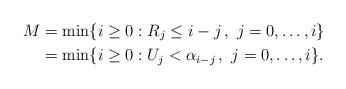
LaTeX: \begin{align*}M&=\min\{i\ge0:R_{j}\le i-j\,,\,\,j=0,\ldots,i\}\\&=\min\{i\ge0:U_{j}< \alpha_{i-j}\,,\,\,j=0,\ldots,i\}.\end{align*}